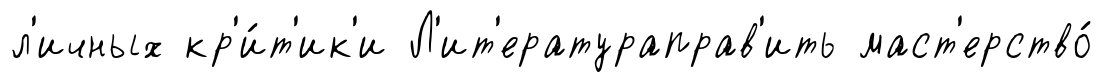
л'ичных кр'и́т'ик'и Л'ит'ератураправ'ить маст'ерство́